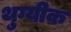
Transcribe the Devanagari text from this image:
थुग्यीक